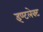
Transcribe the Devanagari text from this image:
इण्टलेक्ट